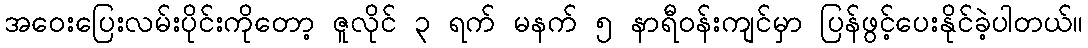
အဝေးပြေးလမ်းပိုင်းကိုတော့ ဇူလိုင် ၃ ရက် မနက် ၅ နာရီဝန်းကျင်မှာ ပြန်ဖွင့်ပေးနိုင်ခဲ့ပါတယ်။